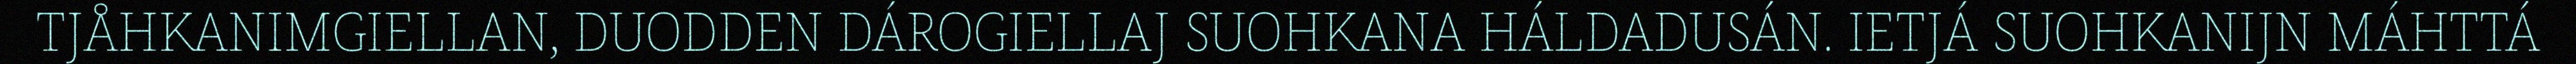
TJÅHKANIMGIELLAN, DUODDEN DÁROGIELLAJ SUOHKANA HÁLDADUSÁN. IETJÁ SUOHKANIJN MÁHTTÁ